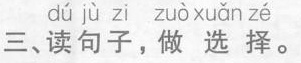
dú jù zi zuò xuǎn zé 三、读句子，做选择。